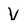
Character: V